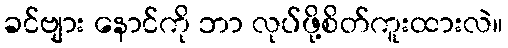
ခင်ဗျား နောင်ကို ဘာ လုပ်ဖို့စိတ်ကူးထားလဲ။